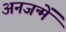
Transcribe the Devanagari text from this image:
अनजन्में